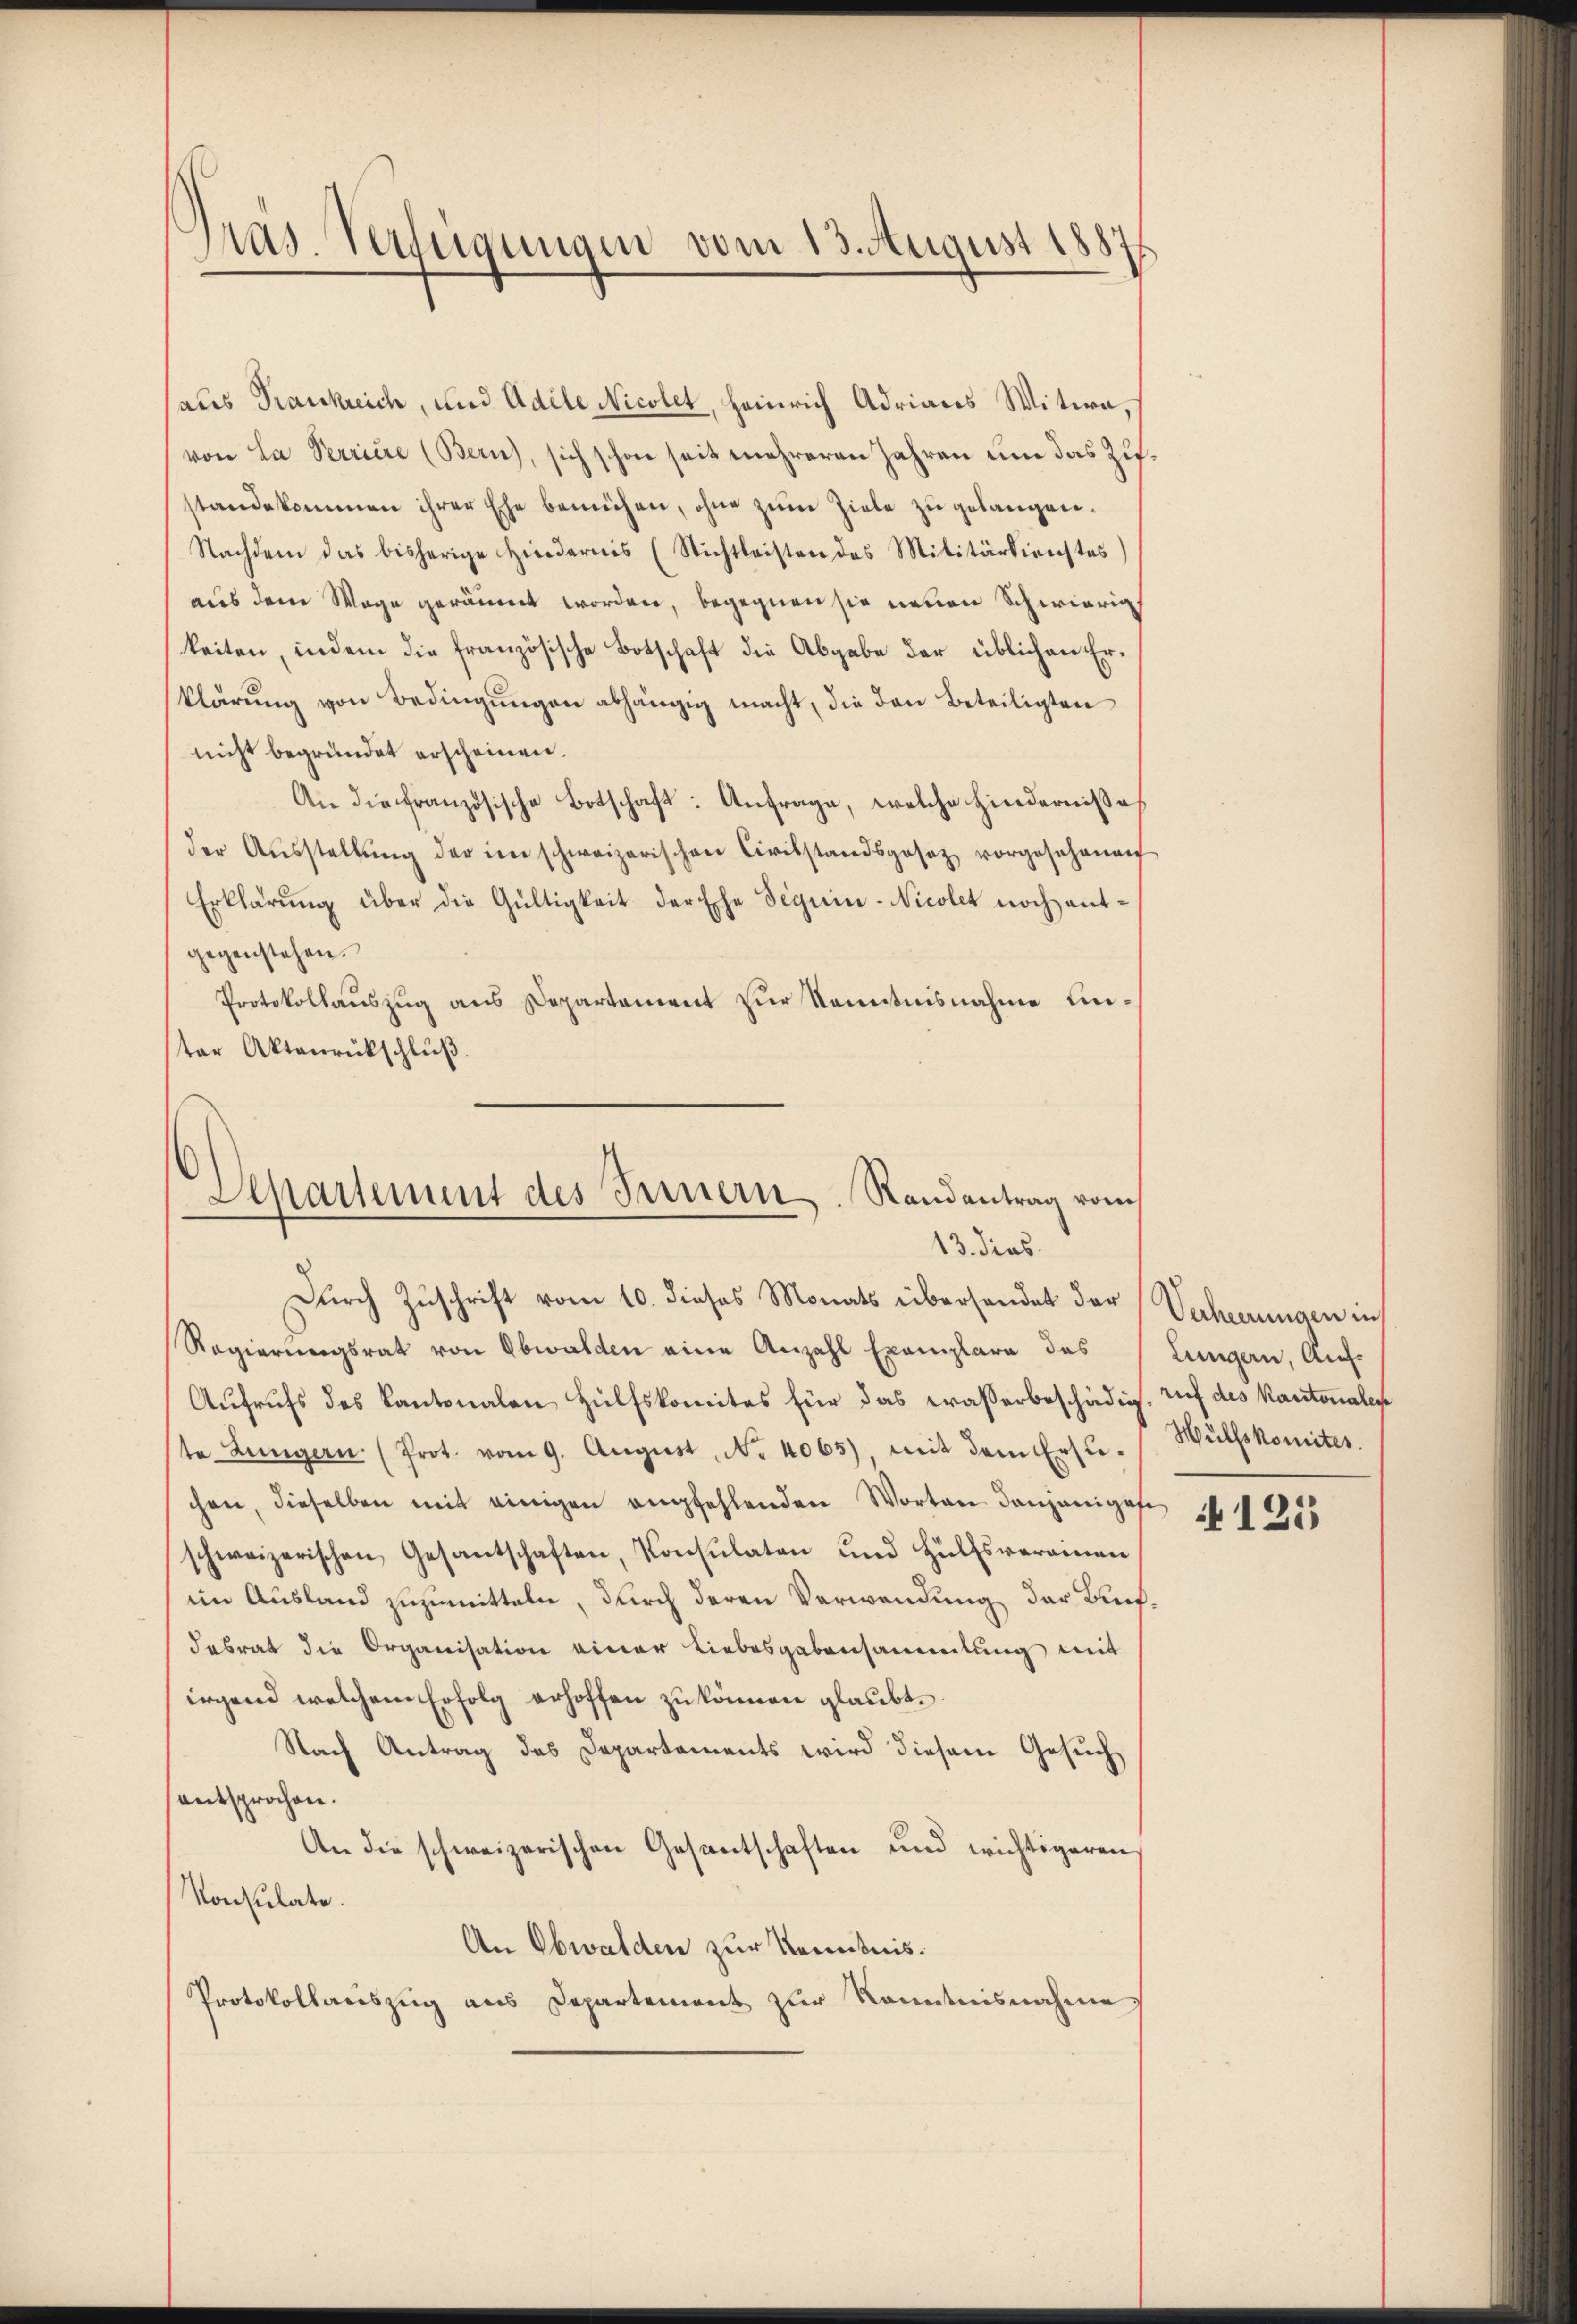
Präs. Verfügungen vom 13. August 1887

aus Frankreich, und Adele Nicolet, Heinrich Adrians Witwe,
von La Perriere (Bern), sich schon seit mehreren Jahren um das Zifstandekommen ihrer Ehe bemühen, ohne zum Ziele zu gelangen.
Nachdem das bisherige Hindernis (Nichtleisten des Militärdienstes
aus dem Wage geräumt worden, begegnen sie neuen Schwierig
keiten, indem die französische Botschaft die Abgabe der üblichen Erklärŭng von Bedingŭngen abhängig macht, die den Beteiligten
nicht begründet erscheinen.
An die französische Botschaft: Anfrage, welche Hindernisse
der Aŭsstellŭng der im schweizerischen Civilstandsgesetz vorgesehenen
Erklärung über die Gültigkeit der Ehe seguin-Nicolet noch entgegenstehen.
Protokollauszug aus Departement zur Kenntnisnahme unster Aktenrückschluß
Durch Zuschrift vom 10. dieses Monats übersendet der Verheerungen in
Regierungsrat von Obwalden eine Anzahl Exemplare des
Aufrufs des Kantonalen Hülfskomites für das trasserbeschädig, auf des Kantonales
te Lungern (Prot. vom 9. August, No. 4065), mit dem Ersu- Wülfskomites.
chen, dieselben mit einigen empfehlenden Worten denjeniges No 115
schweizerischen Gesantschaften, Konsulaten und Hülfsvereinen
im Ausland zuzumitteln, durch deren Verwendung der Bentdasrat die Organisation einer Liebesgabensammlung mit
irgend welchem Erfolg erhoffen zu können glaubt.
Nach Antrag das Departements wird diesem Gesuch,
entsprochen.
An die schweizerischen Gesantschaften und wichtigeren
Konsulate.
An Obwalden zur Kenntnis.
Protokollauszug aus Departement zur Kenntnisnahme

Separtement des Innern. Randantrag vom
13. dies

Lungern, Auf¬